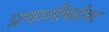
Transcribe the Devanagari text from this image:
प्रणालीबरोबर